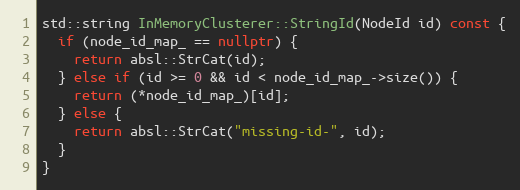
Language: C++
std::string InMemoryClusterer::StringId(NodeId id) const {
  if (node_id_map_ == nullptr) {
    return absl::StrCat(id);
  } else if (id >= 0 && id < node_id_map_->size()) {
    return (*node_id_map_)[id];
  } else {
    return absl::StrCat("missing-id-", id);
  }
}